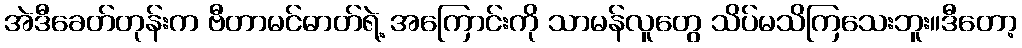
အဲဒီခေတ်တုန်းက ဗီတာမင်ဓာတ်ရဲ့ အကြောင်းကို သာမန်လူတွေ သိပ်မသိကြသေးဘူး။ဒီတော့